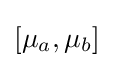
[\mu _{a},\mu _{b}]